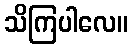
သိကြပါလေ။